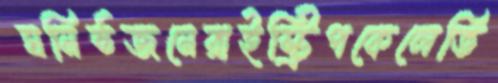
ঘনিষ্ঠজনেরাইস্ট্রিপকেলেভি